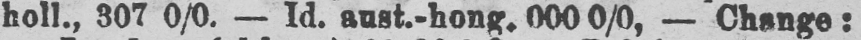
holl., 307 0/0. - Id. aust.-hong. 000 0/0, - Change: